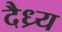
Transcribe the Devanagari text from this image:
दैध्र्य